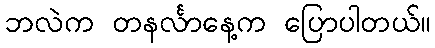
ဘလဲက တနင်္လာနေ့က ပြောပါတယ်။